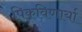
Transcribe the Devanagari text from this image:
पिकविणार्या